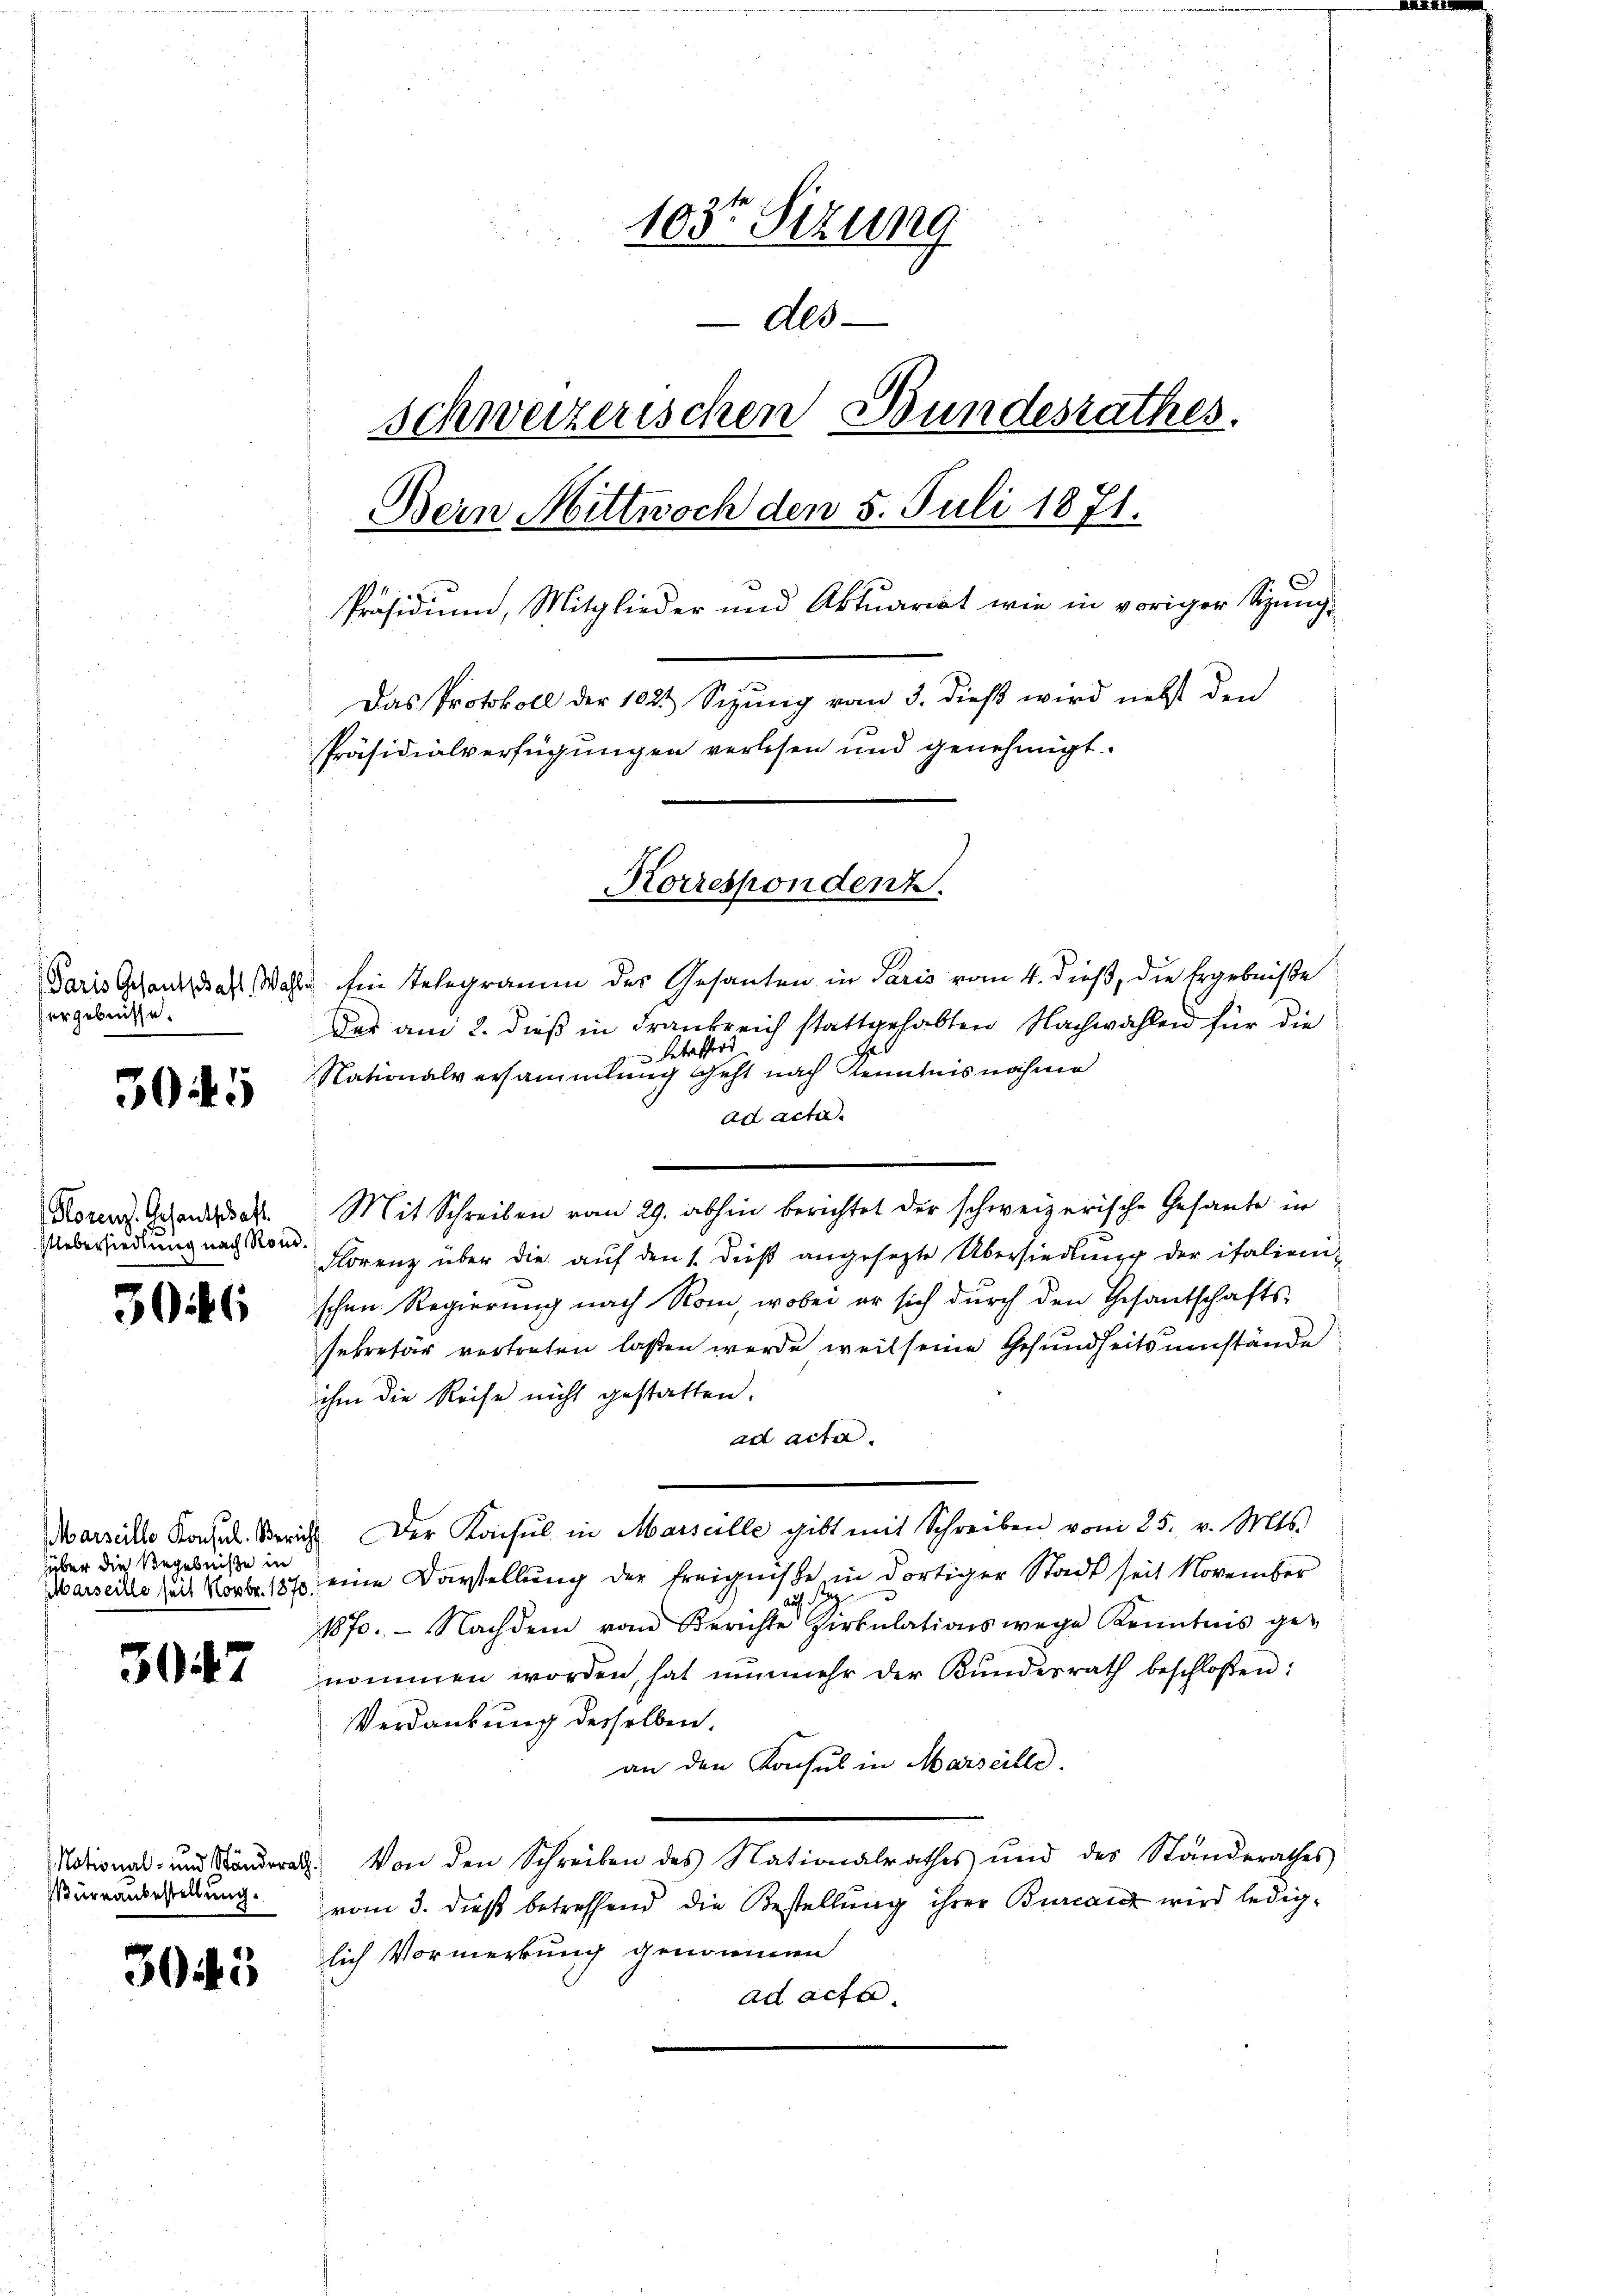
Paris Gesantschaft Wahl
ergebnisse.

3045

Horenz. Gesandtschaft
UUebersiedlung nach Rom.

306

hüber die Begebniße in

3047

National- und Ständerath
Büreaubestellung.

30

5

103te Sizung
Als
schweizerischen Bundesrathes.
Bein Mittwoch den 5. Juli 1871.
Präsidium, Mitglieder und Aktuariat wie in voriger Sipung¬
Das Protokoll der 1021 Sizung vom 3. dieß wird nebst den
Präsidialverfügungen verlesen und genehmigt.

Ein Telegramm des Gesanten in Paris vom 4. dieß, die Ergebniße
Das am 2. dieß in Frankreich stattgehabten Nachwahlen für die
3 Betreffers
Nationalversammlung geht nach Kenntnis nahme
ad acta.
Mit Schreiben vom 29. abhin berichtet der schweizerische Gesante in
Florenz über die auf den 1. dieß angesezte Übersiedlung der italienischen Regierung nach Rom, wobei er sich durch den Gesantschafts-
sekretär vertreten laßen werde, weil seine Gesundheitsumstände
ihm die Reise nicht gestatten.
ad acta.
Marzille Konsul Zürich Der Konsul in Marseille gibt mit Schreiben vom 25. v. Mts.
Marsecke zur Novbr. 1870 eine Darstellung der Ereignisse in dortiger Stadt seit November
auf d
1870. Nachdem von Berichte Zirkŭlationswege Kenntnis ge-
nommen worden, hat nŭnmehr der Bŭndesrath beschloßen:
Verdankung derselben.
an den Konsul in Marseille.
d. Von den Schreiben des Nationalrathes und des Standerathes
vom 3. dieß betreffend die Bestellung ihrer Burcanz wird lediglich Vormerkung genommen
ad acta.

Korrespondenz.